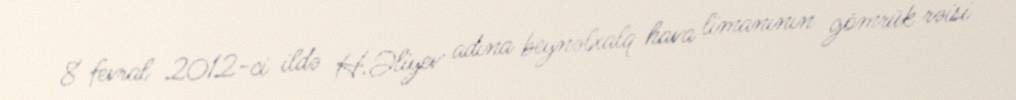
8 fevral 2012-ci ildə H.Əliyev adına beynəlxalq hava limanının gömrük rəisi